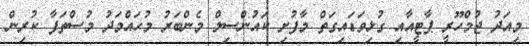
މިއަދު ޖުމްހޫރީ ޕާޓީއާއި ގުޅިވަޑައިގަތް މާފުށި ކައުންސިލް މެންބަރު މުޙައްމަދު މުސްތަފާ ކުރިން